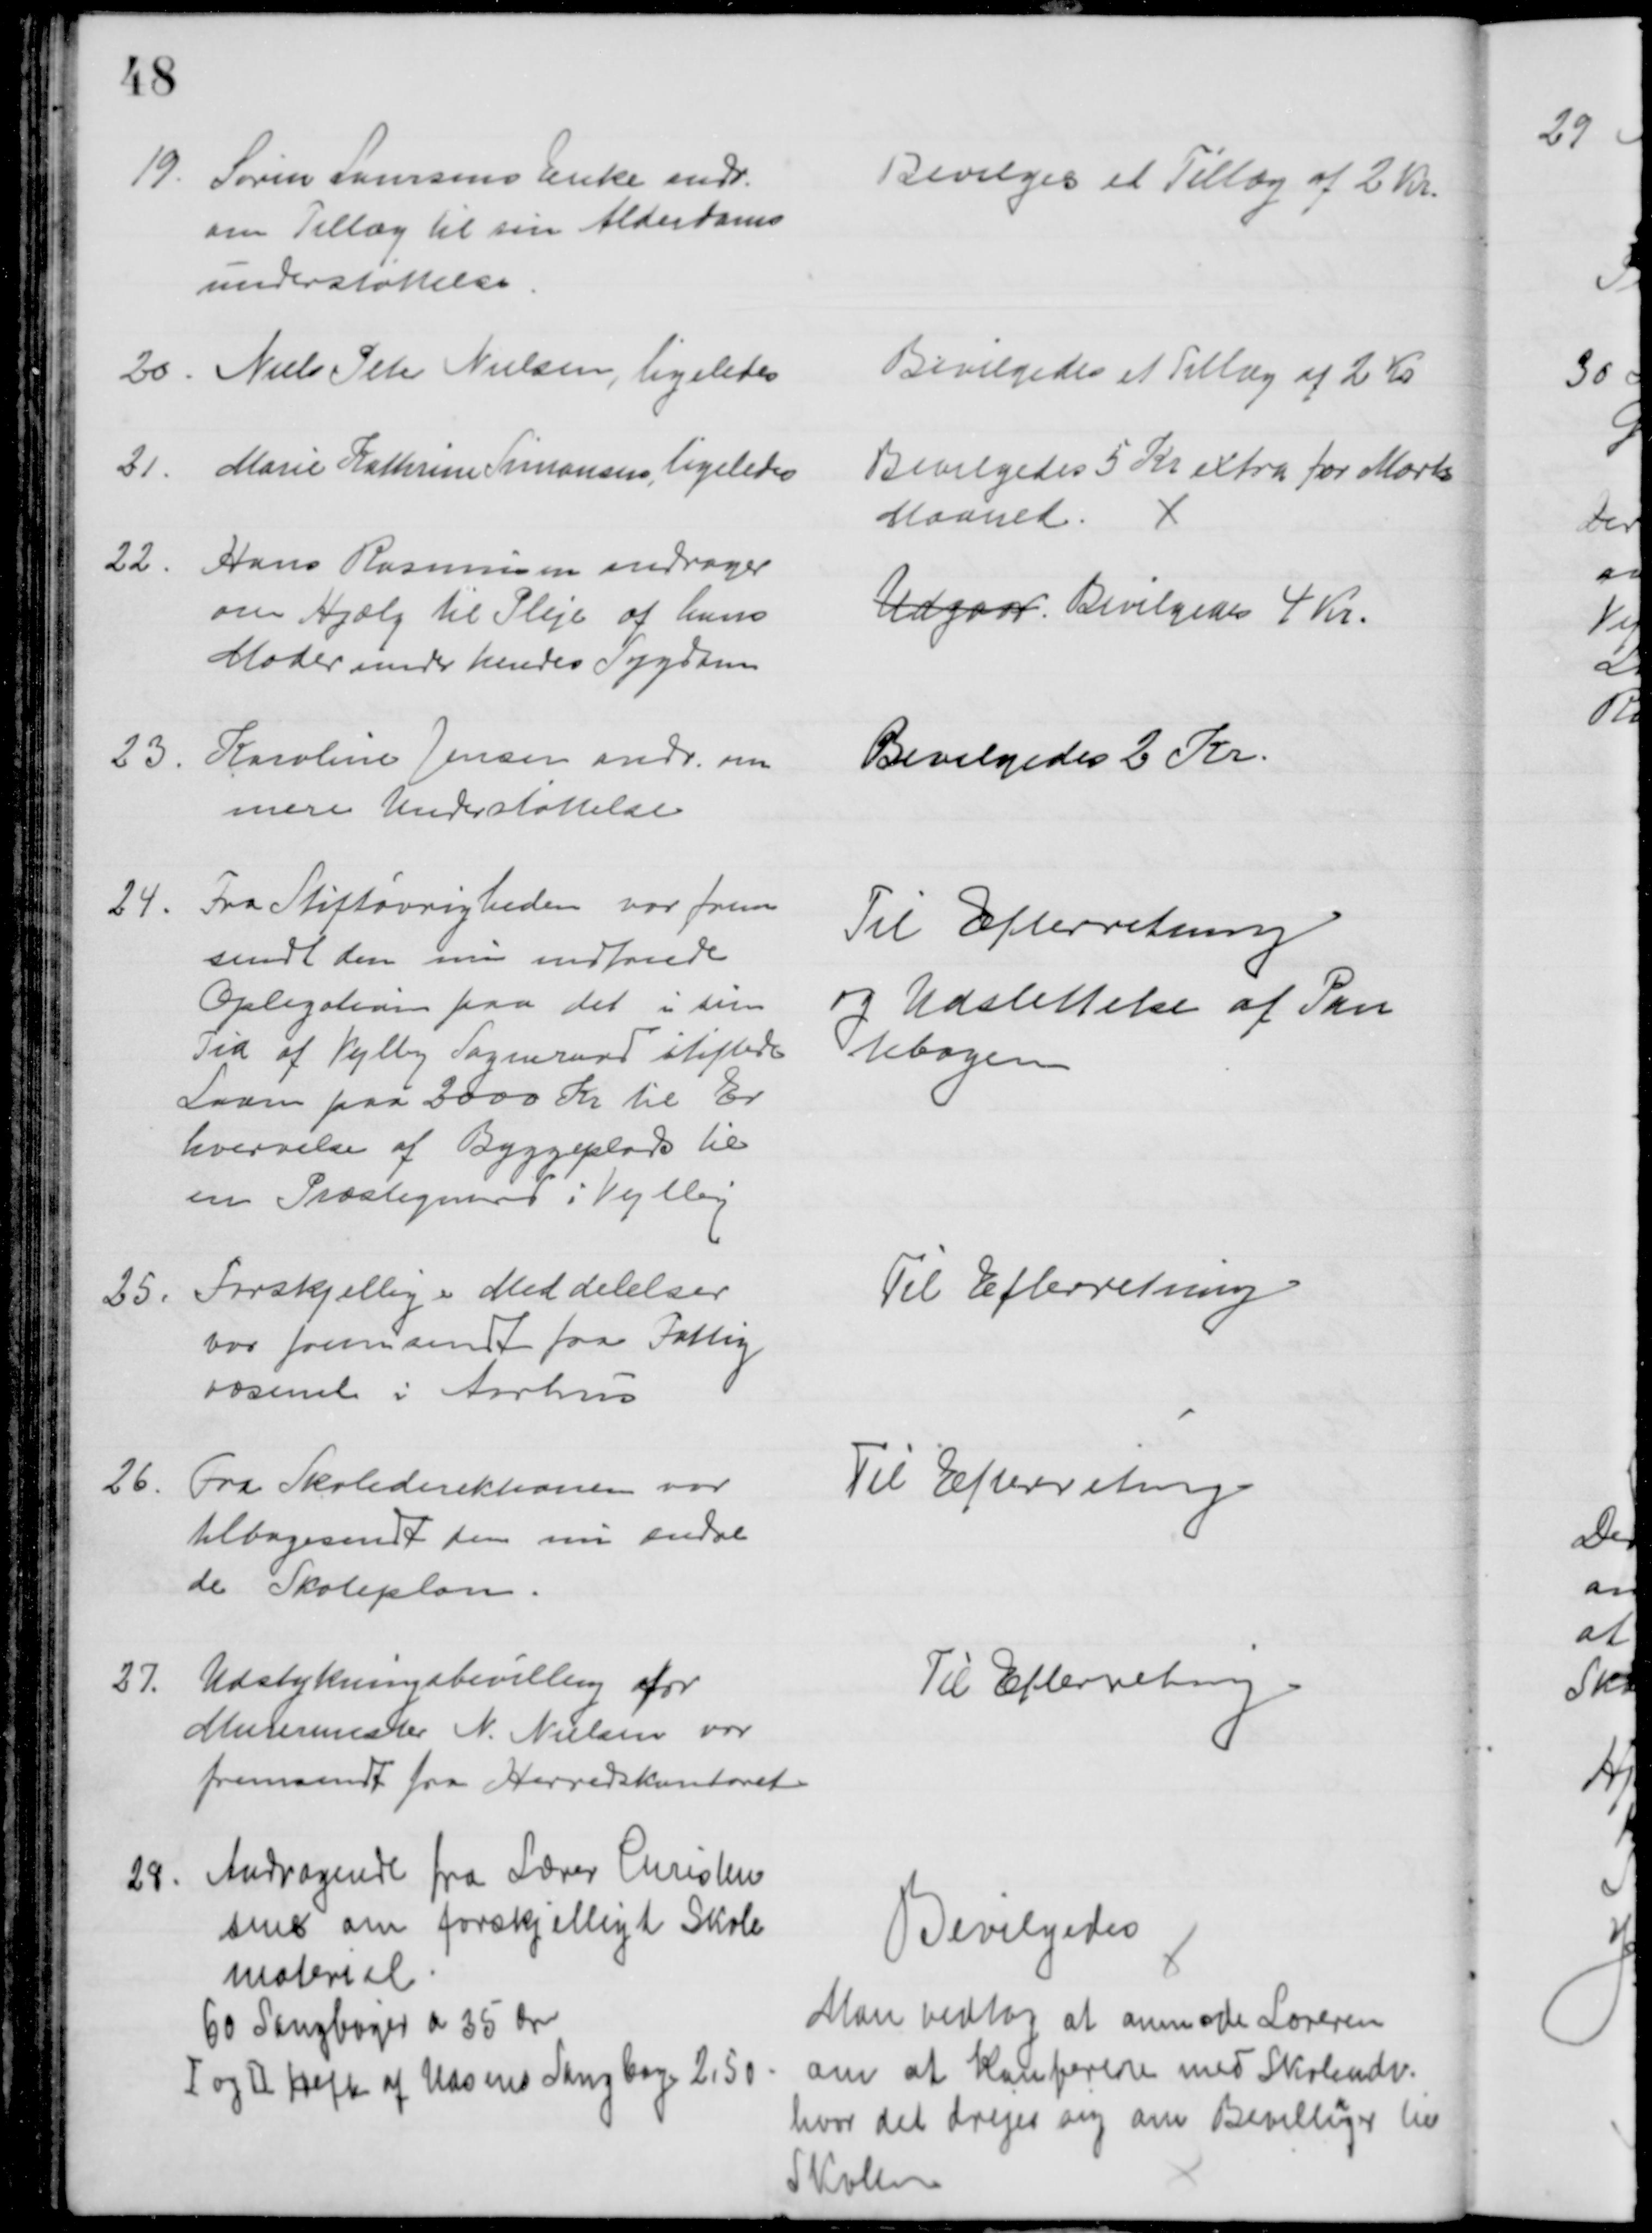
Transskription:
19. Søren Laursens Enke andr.
om Tillæg til sin Alderdoms
understøttelse
Bevilges et Tillæg af 2 Kr.
20. Niels Peter Nielsen, ligeledes
Bevilgedes et Tillæg af 2 Kr
21.
Marie Kathrine Simonsen, ligeledes
Bevilgedes 5 Kr extra for Marts
Maaned.
22.
Hans Rasmussen andrager
om Hjælp til Pleje af hans
Moder under hendes Sygdom
Udgaar. Bevilgedes 4 Kr.
23.
Karoline Jensen andr. om
mere Understøttelse
Bevilgedes 2 Kr.
24.
Fra Stiftøvrigheden var frem
sendt den nu indfriede
Opligation paa det i sin
Tid af Vejlby Sogneraad stiftede
Laan paa 2000 Kr til Er
hvervelse af Byggeplads til
en Præstegaard i Vejlby
Til Efterretning
og Udslettelse af Pan
tebogen
25.
Forskjellige Meddelelser
var fremsendt fra Fattig
væsenet i Aarhus
Til Efterretning
26.
Fra Skoledirektionen var
tilbagesendt den nu ændre
de Skoleplan.
Til Efterretning
27.
Udstykningsbevilling for
Murermester N. Nielsen var
fremsendt fra Herredskontoret
Til Efterretning
28. Andragende fra Lærer Christen
sen om forskjelligt Skole
materiel
60 Sangbøger a 35 Øre
I og II Hefte af Udsens Sangbog 2,50
Bevilgedes
Man vedtog at anmode Læreren
om at konferere med Skoleudv.
hvor det drejer sig om Bevilliger til
Skolen